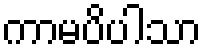
ကာမပိပါသာ